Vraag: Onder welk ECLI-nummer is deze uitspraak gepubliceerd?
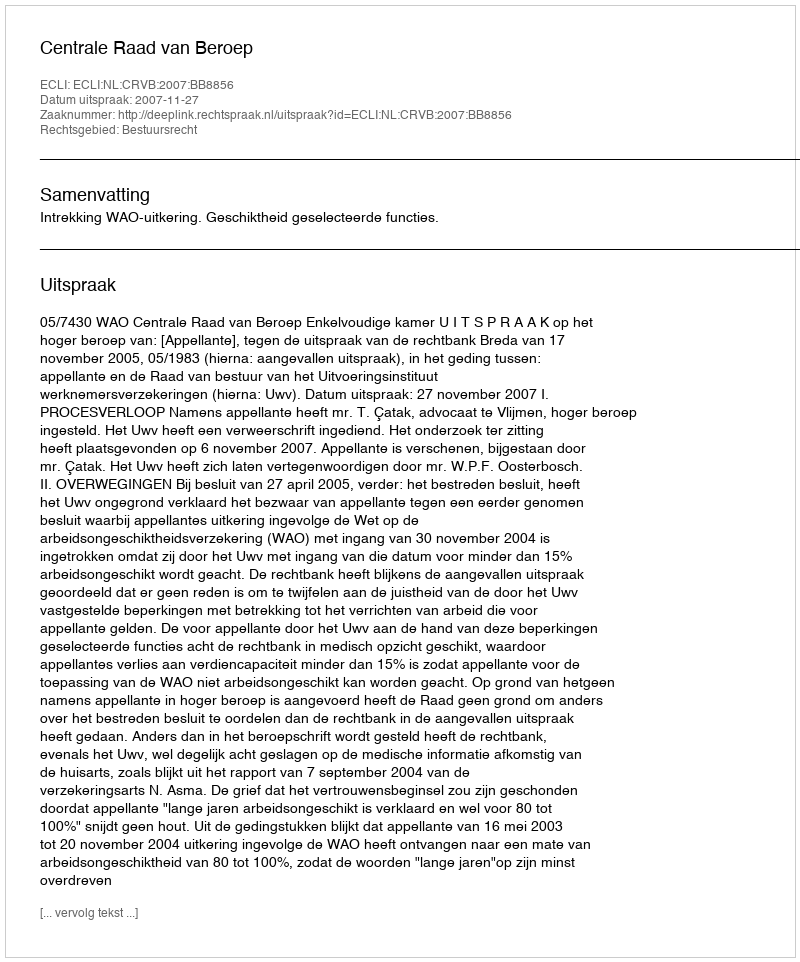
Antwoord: ECLI:NL:CRVB:2007:BB8856